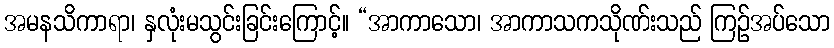
အမနသိကာရာ၊ နှလုံးမသွင်းခြင်းကြောင့်။ “အာကာသော၊ အာကာသကသိုဏ်းသည် ကြဉ်အပ်သော